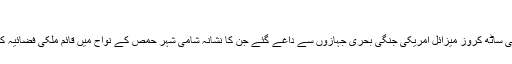
‘‘
ٹوما ہاک نامی ساٹھ کروز میزائل امریکی جنگی بحری جہازوں سے داغے گئے جن کا نشانہ شامی شہر حمص کے نواح میں قائم ملکی فضائیہ کا ایک اڈہ تھا۔